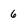
Character: 6